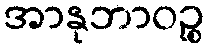
အာနုဘာဝဉ္စ